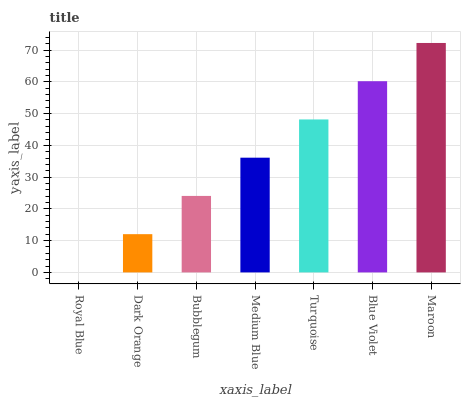
| xaxis_label | bars |
 | --- | --- |
 | Royal Blue | 0 |
 | Dark Orange | 12 |
 | Bubblegum | 24.1 |
 | Medium Blue | 36.1 |
 | Turquoise | 48.2 |
 | Blue Violet | 60.2 |
 | Maroon | 72.2 |